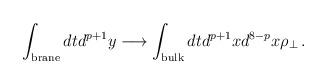
LaTeX: \begin{align*}\int_{{\rm{brane}}} dt d^{p+1}y \longrightarrow \int_{{\rm{bulk}}}dt d^{p+1}x d^{8-p}x \rho_{\perp} \, .\end{align*}